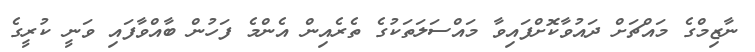
ނާޒިމްގެ މައްޗަށް ދައުވާކޮށްފައިވާ މައްސަލަތަކުގެ ތެރެއިން އެންމެ ފަހުން ބާއްވާފައި ވަނީ ކުރީގެ